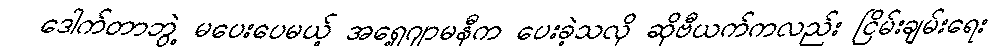
ဒေါက်တာဘွဲ့ မပေးပေမယ့် အရှေ့ဂျာမနီက ပေးခဲ့သလို ဆိုဗီယက်ကလည်း ငြိမ်းချမ်းရေး